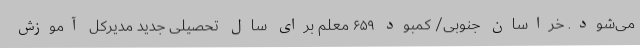
می‌شود. خراسان جنوبی/ کمبود ۶۵۹ معلم برای سال تحصیلی جدید مدیرکل آموزش